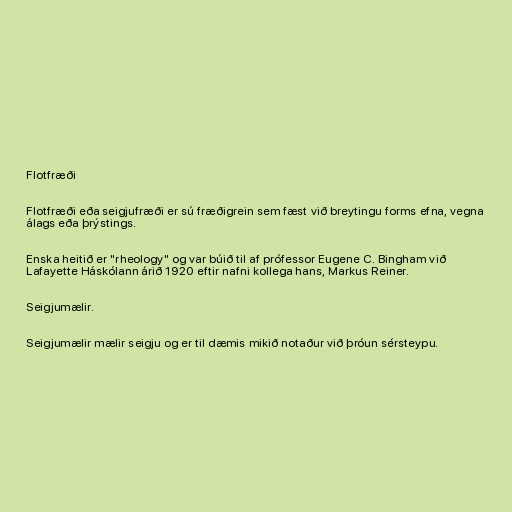
Flotfræði

Flotfræði eða seigjufræði er sú fræðigrein sem fæst við breytingu forms efna, vegna
álags eða þrýstings.

Enska heitið er "rheology" og var búið til af prófessor Eugene C. Bingham við
Lafayette Háskólann árið 1920 eftir nafni kollega hans, Markus Reiner.

Seigjumælir.

Seigjumælir mælir seigju og er til dæmis mikið notaður við þróun sérsteypu.